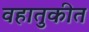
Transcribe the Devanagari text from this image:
वहातुकीत